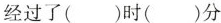
经过了（）时（）分